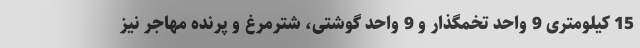
15 کیلومتری 9 واحد تخمگذار و 9 واحد گوشتی، شترمرغ و پرنده مهاجر نیز